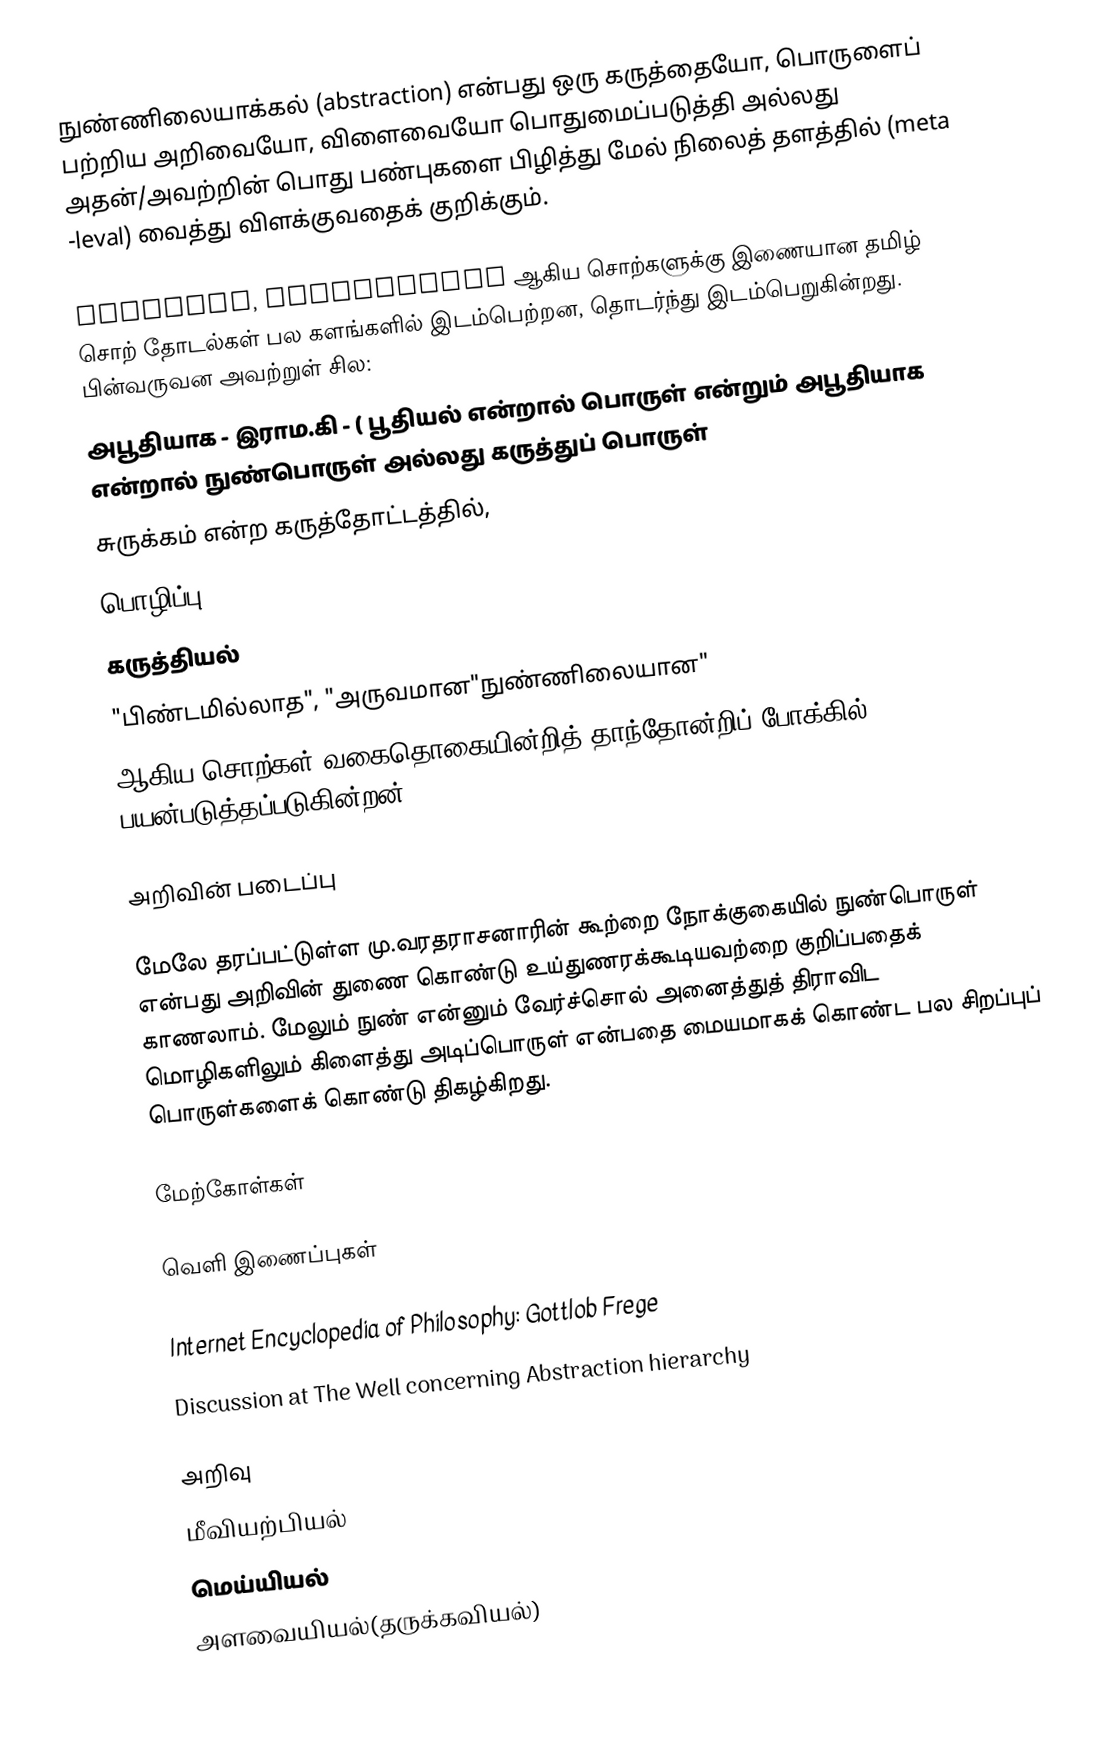
நுண்ணிலையாக்கல் (abstraction) என்பது ஒரு கருத்தையோ,  பொருளைப் பற்றிய அறிவையோ, விளைவையோ பொதுமைப்படுத்தி அல்லது அதன்/அவற்றின் பொது பண்புகளை பிழித்து மேல் நிலைத் தளத்தில் (meta -leval) வைத்து விளக்குவதைக் குறிக்கும்.

abstract, abstraction ஆகிய சொற்களுக்கு இணையான தமிழ் சொற் தோடல்கள் பல களங்களில் இடம்பெற்றன, தொடர்ந்து இடம்பெறுகின்றது.  பின்வருவன அவற்றுள் சில:
 அபூதியாக - இராம.கி - ( பூதியல் என்றால் பொருள் என்றும் அபூதியாக என்றால் நுண்பொருள் அல்லது கருத்துப் பொருள்
சுருக்கம் என்ற கருத்தோட்டத்தில்,
 பொழிப்பு
 கருத்தியல்
 "பிண்டமில்லாத", "அருவமான"நுண்ணிலையான"
ஆகிய சொற்கள் வகைதொகையின்றித் தாந்தோன்றிப் போக்கில் பயன்படுத்தப்படுகின்றன்.

அறிவின் படைப்பு

மேலே தரப்பட்டுள்ள மு.வரதராசனாரின் கூற்றை நோக்குகையில் நுண்பொருள் என்பது அறிவின் துணை கொண்டு உய்துணரக்கூடியவற்றை குறிப்பதைக் காணலாம். மேலும் நுண் என்னும் வேர்ச்சொல் அனைத்துத் திராவிட மொழிகளிலும் கிளைத்து அடிப்பொருள் என்பதை மையமாகக் கொண்ட பல சிறப்புப் பொருள்களைக் கொண்டு திகழ்கிறது.

மேற்கோள்கள்

வெளி இணைப்புகள்

 Internet Encyclopedia of Philosophy: Gottlob Frege
 Discussion at The Well concerning Abstraction hierarchy

அறிவு
மீவியற்பியல்
மெய்யியல்
அளவையியல்(தருக்கவியல்)